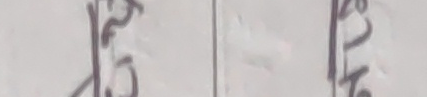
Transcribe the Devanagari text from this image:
१५ २४